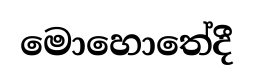
මොහොතේදී